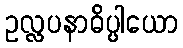
ဥလ္လပနာဓိပ္ပါယော